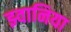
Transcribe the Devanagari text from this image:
झ्वानिया